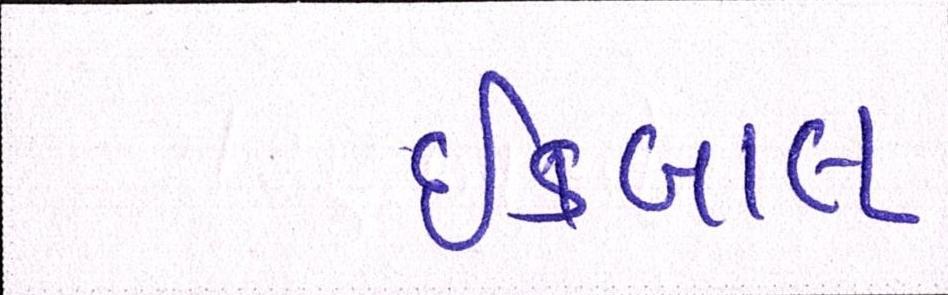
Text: ઈકબાલ